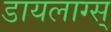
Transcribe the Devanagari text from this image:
डायलाग्स्